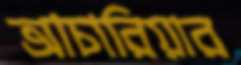
আচারিয়ার